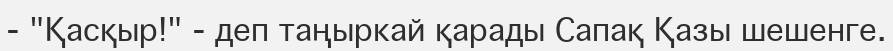
-	"Қасқыр!" - деп таңыркай қарады Сапақ Қазы шешенге.